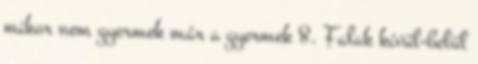
mikor nem gyermek már a gyermek 8. Falak kívül-belül